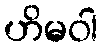
ဟိမဝါ